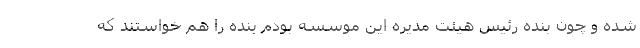
شده و چون بنده رئیس هیئت مدیره این موسسه بودم بنده را هم خواستند که